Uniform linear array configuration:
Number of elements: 4
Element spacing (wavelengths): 0.75
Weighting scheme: exponential
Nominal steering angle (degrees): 15
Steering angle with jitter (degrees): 13.308
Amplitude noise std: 0.05
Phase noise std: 0.05

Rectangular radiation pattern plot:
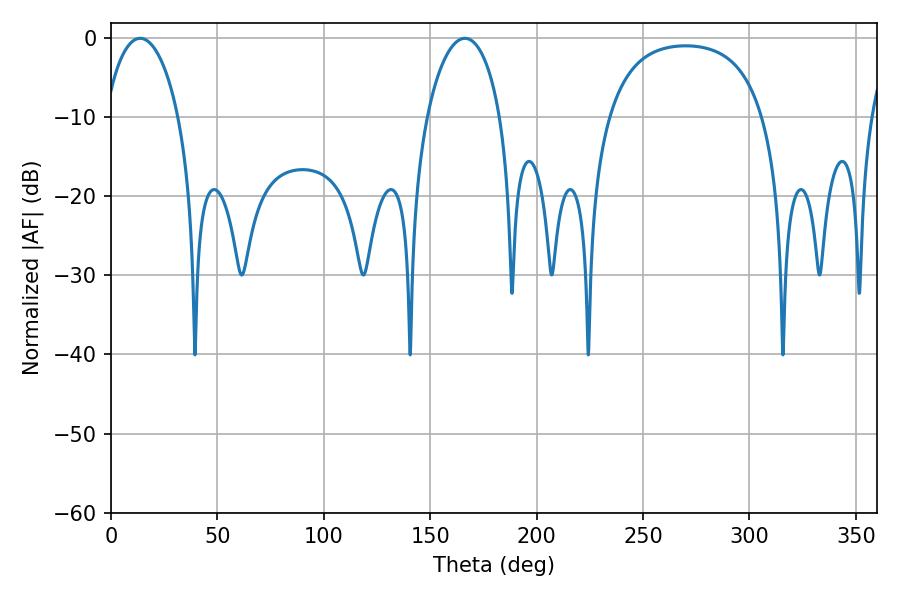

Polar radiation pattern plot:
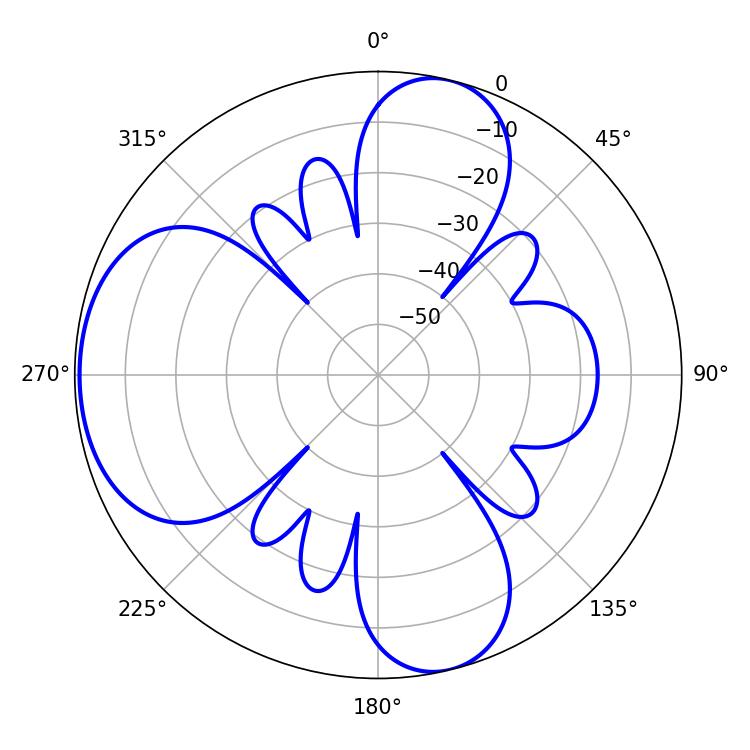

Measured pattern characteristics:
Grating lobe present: TRUE
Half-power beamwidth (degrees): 19.62
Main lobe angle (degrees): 13.68